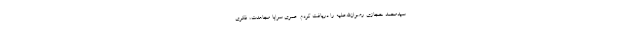
سیدمحمد حجازی رضوان‌الله‌علیه را دریافت کردم. عمری سراپا مجاهدت، فکری